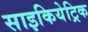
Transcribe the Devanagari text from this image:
साइकियेट्रिक